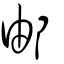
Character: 邮